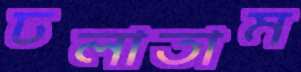
ঢলাতাম